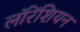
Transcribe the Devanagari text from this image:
लॉरेंशियन